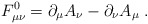
\begin{align*}F_{\mu \nu }^0=\partial _\mu A_\nu -\partial _\nu A_\mu \;. \end{align*}